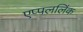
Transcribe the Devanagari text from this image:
एप्पललिंक